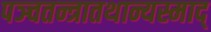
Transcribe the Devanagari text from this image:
पञ्चतन्त्रातथान्यस्माद्